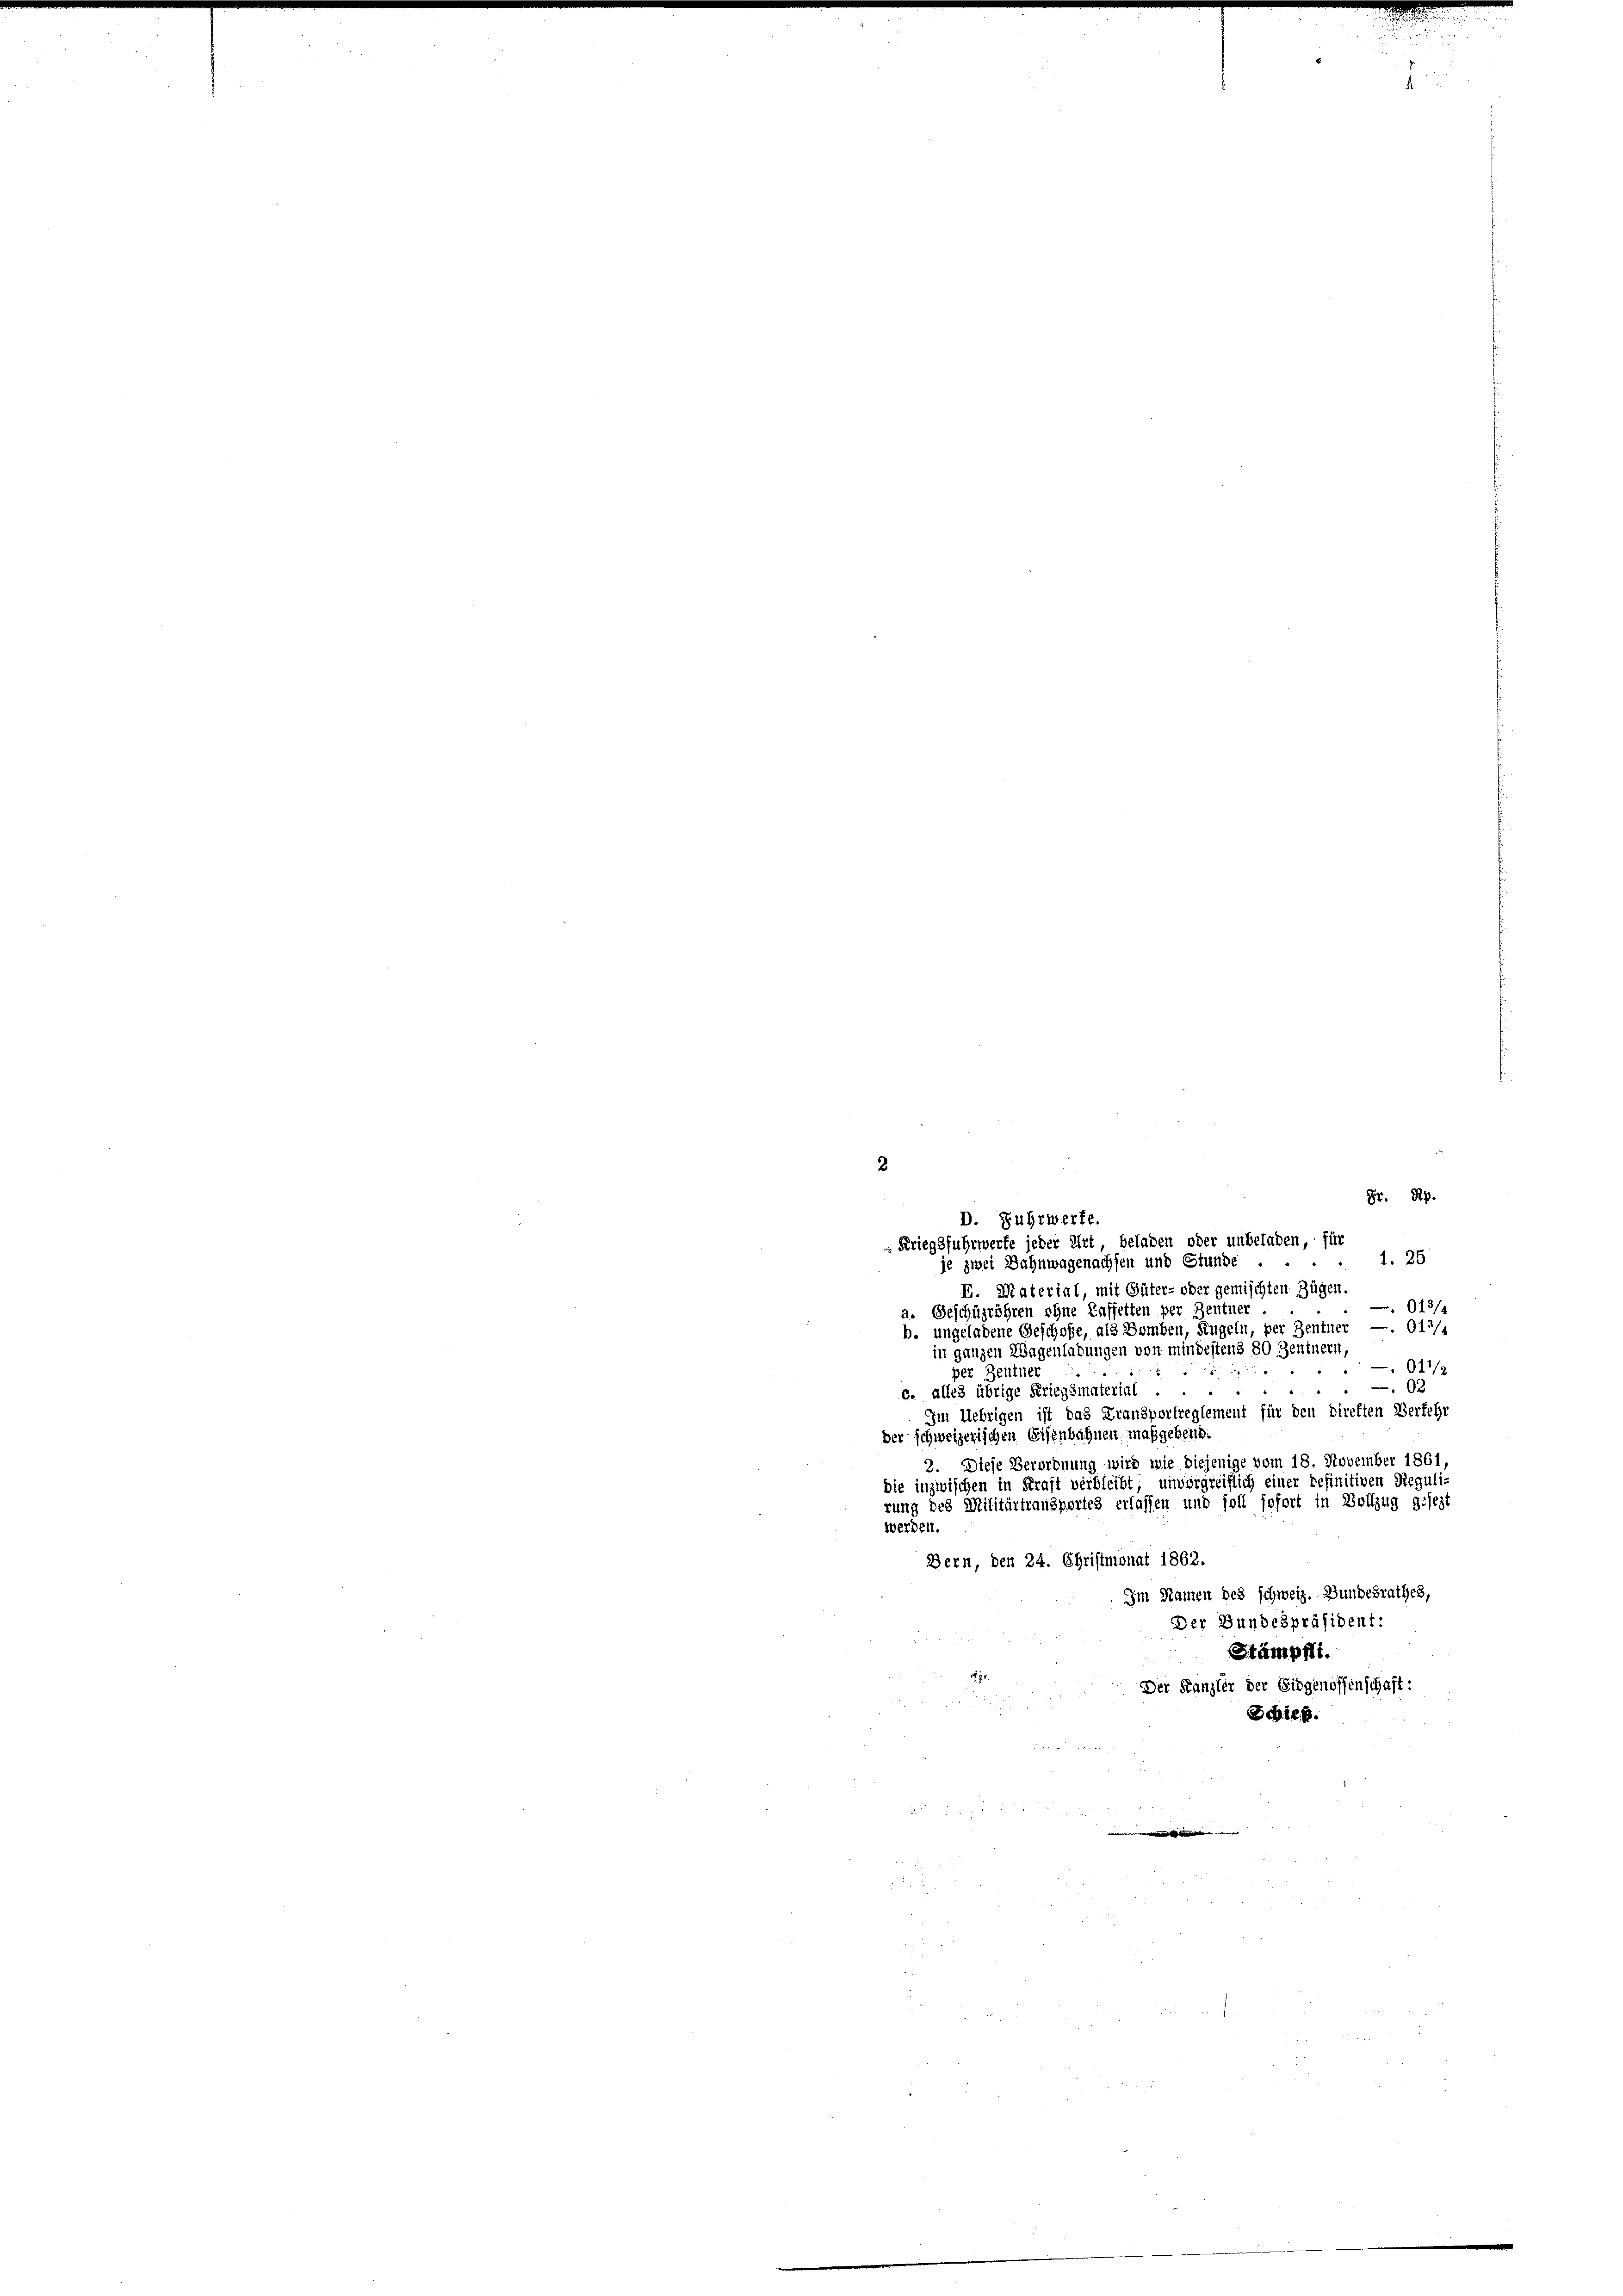
2
Fr. Rp.
D. Fuhrwerte.
-Kriegsfuhrwerte jeder Art, beladen oder unbeladen, für
1. 25
je zwei Bahnwagenachsen und Stunde
E. Material, mit Güter- oder gemischten Zügen.
013/4
a. Geschügröhren ohne Kaffetten per Zentner
b. ungeladene Geschofe, als Bomben, Kugeln, per Zentner —. 013/4
in ganzen Wagenladungen von mindestens 80 Zentnern,
01/2
per Zentner
02
“
c. alles übrige Kriegsmaterial.
Im Uebrigen ist das Fransportreglement für den direkten Verkehr
der schweizerischen Eisenbahnen maßgebend:
2. Diese Verordnung wird wie diejenige vom 18. November 1861,
die inzwischen in Kraft verbleibt, unvorgreiflich einer definitiven Reguli-
rung des Militärtransportes erlassen und soll sofort in Vollzug gesezt
werden.
Bern, den 24. Christmonat 1862.
Im Namen des schweiz. Bundesrathes,
Der Bundespräsident:
Stämpfli.
Der Kanzler der Eidgenossenschaft:
Schien.